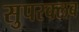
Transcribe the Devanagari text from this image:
सुपरक्लब